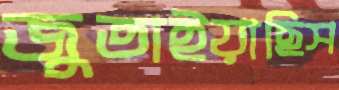
জুতাইয়াছিস